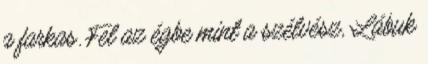
a farkas. Fel az égbe mint a szélvész, Lábuk